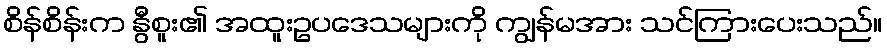
စိန်စိန်းက နွီစူး၏ အထူးဥပဒေသများကို ကျွန်မအား သင်ကြားပေးသည်။